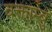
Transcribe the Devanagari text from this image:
वक्ताम्बु